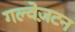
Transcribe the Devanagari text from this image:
गल्वेज़टन